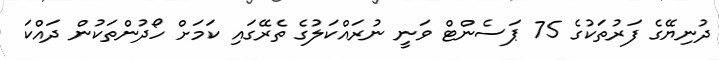
ދުނިޔޭގެ ފަރުތަކުގެ 75 ޕަސެންޓް ވަނީ ނުރައްކަލުގެ ތެރޭގައި ކަމަށް ހޯދުންތަކުން ދައްކަ